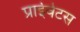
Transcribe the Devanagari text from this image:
प्राईवेटस